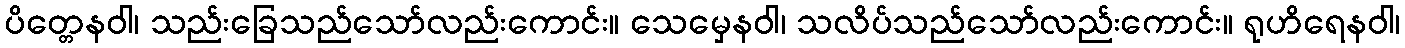
ပိတ္တေနဝါ၊ သည်းခြေသည်သော်လည်းကောင်း။ သေမှေနဝါ၊ သလိပ်သည်သော်လည်းကောင်း။ ရုဟိရေနဝါ၊